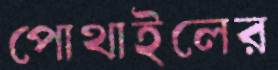
পোথাইলের